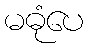
မဓုံပေ